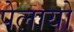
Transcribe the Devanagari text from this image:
पेलायो